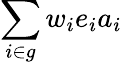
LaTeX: \sum_{i\in g}w_{i}e_{i}a_{i}